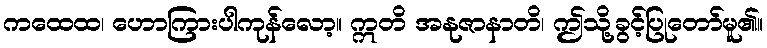
ကထေထ၊ ဟောကြားပါကုန်လော့။ ဣတိ အနုဇာနာတိ၊ ဤသို့ခွင့်ပြုတော်မူ၏။